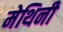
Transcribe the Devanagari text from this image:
मेथिनी